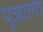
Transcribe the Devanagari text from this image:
पूजाला